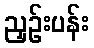
ညှဉ်းပန်း